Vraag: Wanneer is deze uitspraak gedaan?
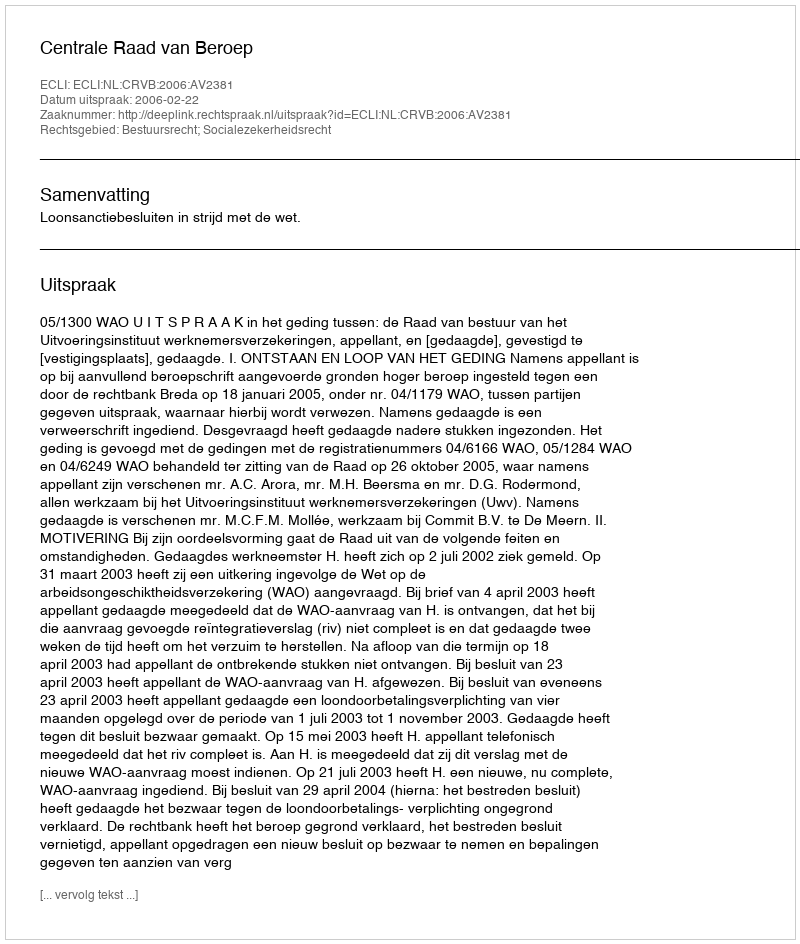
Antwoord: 2006-02-22